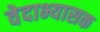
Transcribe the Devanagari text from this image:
वेदाभ्यासक